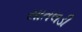
સાતલડી